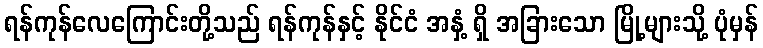
ရန်ကုန်လေကြောင်းတို့သည် ရန်ကုန်နှင့် နိုင်ငံ အနှံ့ ရှိ အခြားသော မြို့များသို့ ပုံမှန်